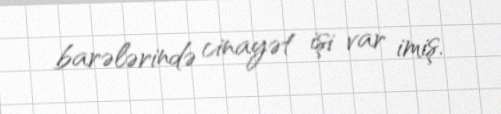
barələrində cinayət işi var imiş.